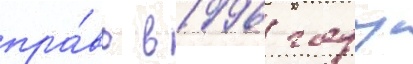
пра́во в 1996 году